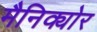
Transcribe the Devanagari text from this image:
मैनिक्योर